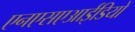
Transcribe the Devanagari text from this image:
एनएसएआईडियों